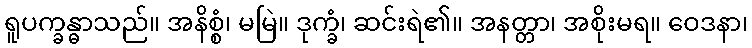
ရူပက္ခန္ဓာသည်။ အနိစ္စံ၊ မမြဲ။ ဒုက္ခံ၊ ဆင်းရဲ၏။ အနတ္တာ၊ အစိုးမရ။ ဝေဒနာ၊